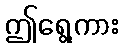
ဤရွေ့ကား